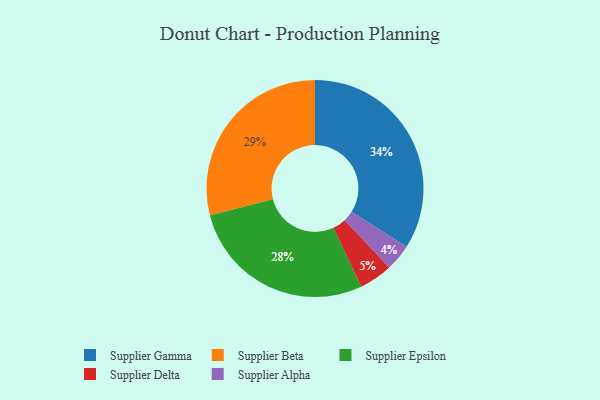
{"axis": {"x": "Category", "y": "Percentage"}, "legend": ["Supplier Alpha", "Supplier Beta", "Supplier Delta", "Supplier Epsilon", "Supplier Gamma"], "data": [{"x": "Supplier Alpha", "y": 4, "type": "Supplier Alpha"}, {"x": "Supplier Delta", "y": 5, "type": "Supplier Delta"}, {"x": "Supplier Beta", "y": 29, "type": "Supplier Beta"}, {"x": "Supplier Gamma", "y": 34, "type": "Supplier Gamma"}, {"x": "Supplier Epsilon", "y": 28, "type": "Supplier Epsilon"}]}